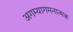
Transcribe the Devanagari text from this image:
अगम्यागमनात्मक